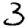
Digit: 3